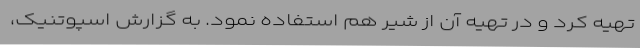
تهیه کرد و در تهیه آن از شیر هم استفاده نمود. به گزارش اسپوتنیک،